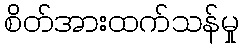
စိတ်အားထက်သန်မှု